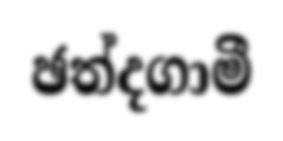
ඡත්දගාමී